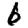
Digit: 6